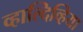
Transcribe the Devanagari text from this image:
व्हाल्दिव्हिया